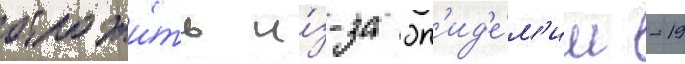
отложи́ть и́з-за эп'ид'е́м'ии -19